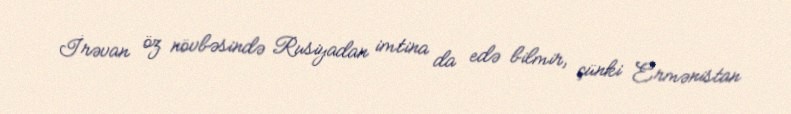
İrəvan öz növbəsində Rusiyadan imtina da edə bilmir, çünki Ermənistan